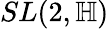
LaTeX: SL(2,\mathbb{H})